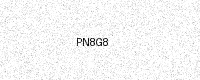
Text: PN8G8